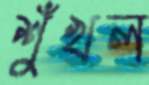
শুঁখল